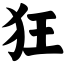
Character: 狂